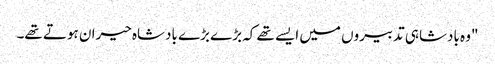
"وہ بادشاہی تدبیروں میں ایسے تھے کہ بڑے بڑے بادشاہ حیران ہوتے تھے۔